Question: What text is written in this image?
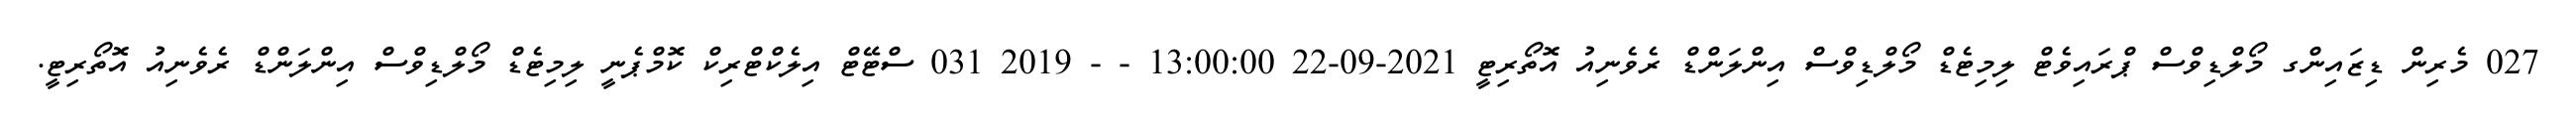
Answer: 027 މެރިން ޑިޒައިންގ މޯލްޑިވްސް ޕްރައިވެޓް ލިމިޓެޑް މޯލްޑިވްސް އިންލަންޑް ރެވެނިއު އޮތޯރިޓީ 2021-09-22 13:00:00 - - 2019 031 ސްޓޭޓް އިލެކްޓްރިކް ކޮމްޕެނީ ލިމިޓެޑް މޯލްޑިވްސް އިންލަންޑް ރެވެނިއު އޮތޯރިޓީ.